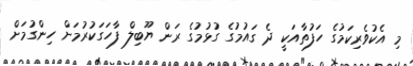
މި އެކުވެރިކަމުގެ ހަފުތާއަކީ ދެ ގައުމުގެ ގުޅުމުގެ ރަން ޔޫބިލް ފާހަގަކުރުމަށް ހިންގުމަށް